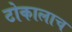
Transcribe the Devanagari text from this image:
टोकालाच